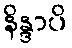
နိန္ဒာပိ